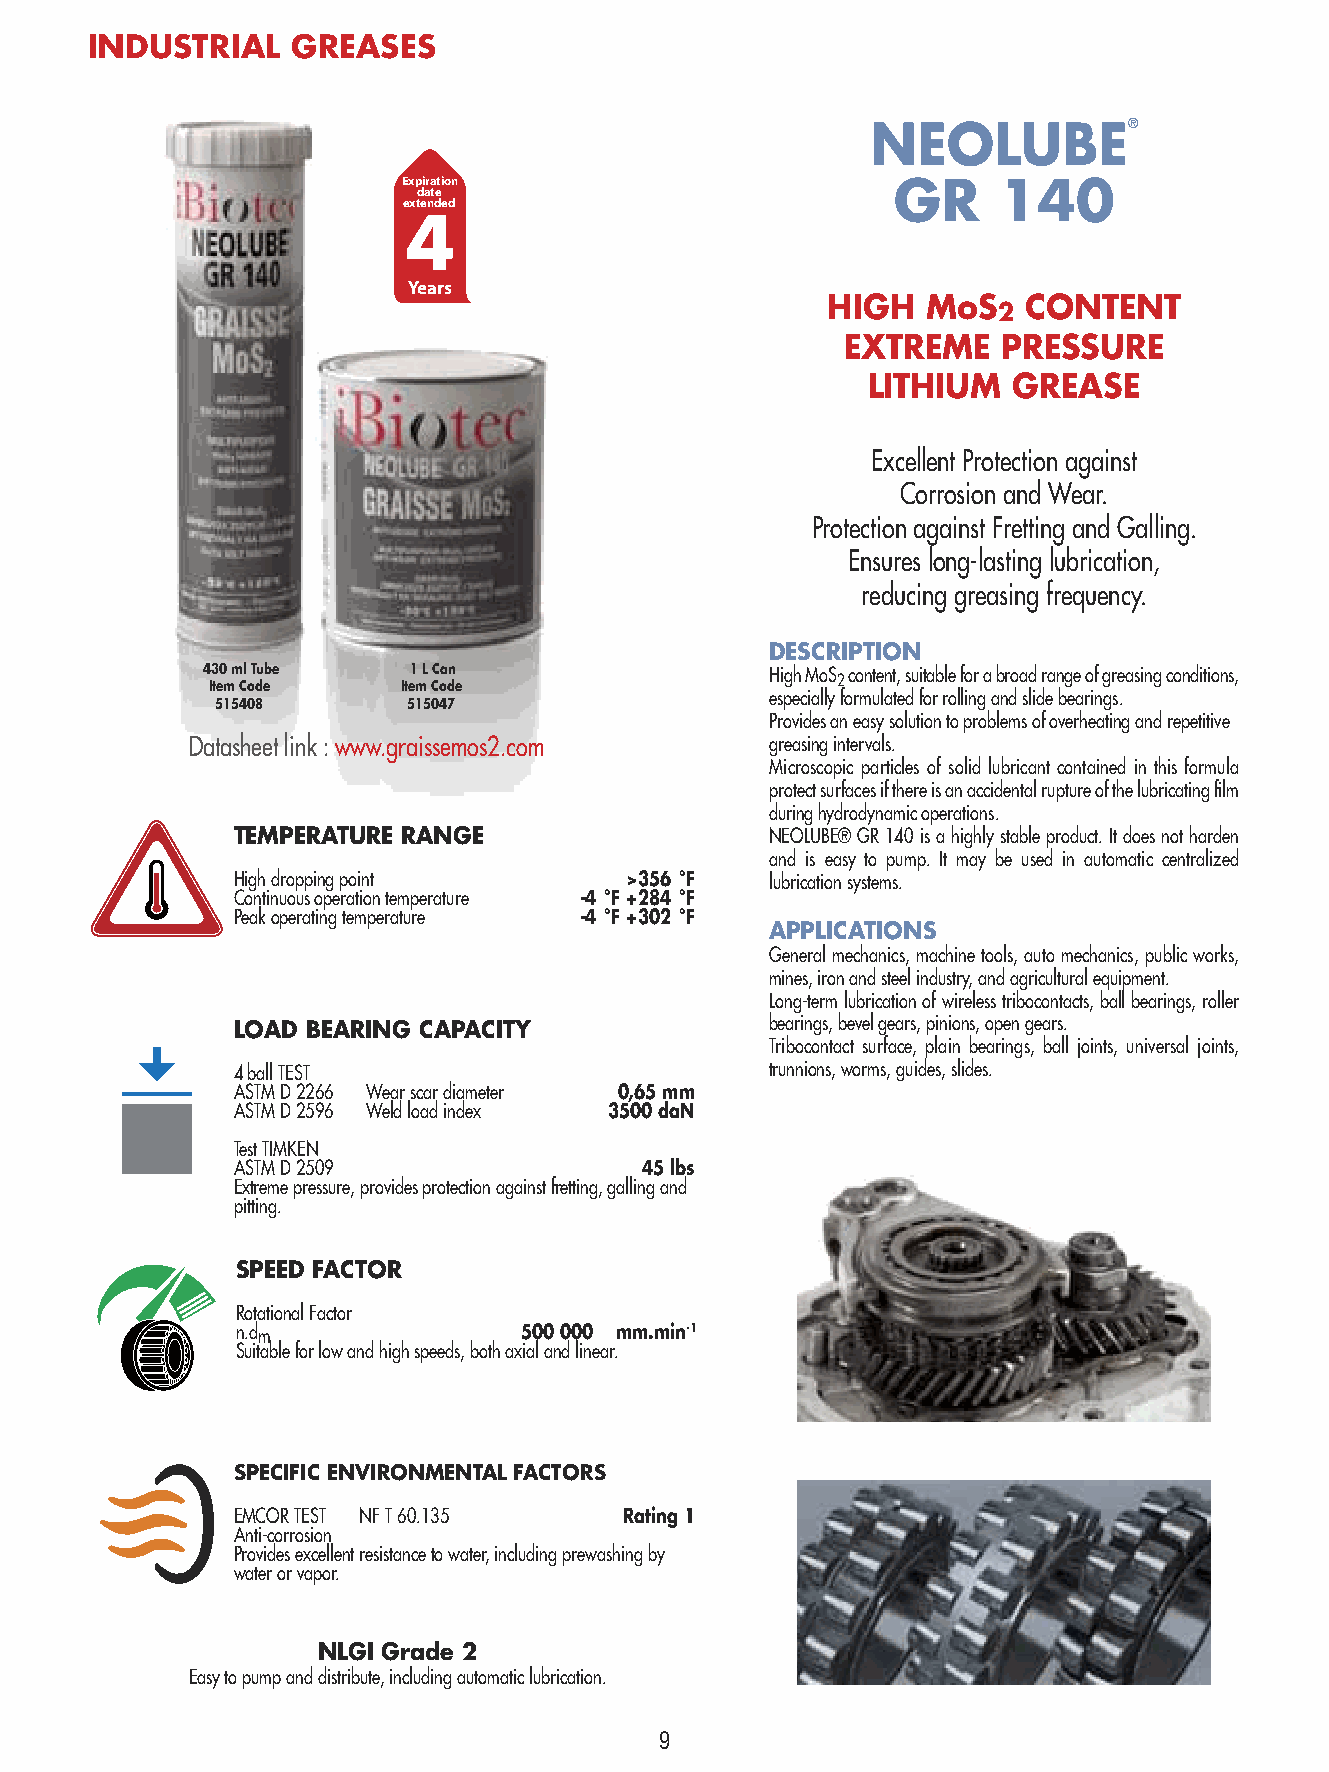
INDUSTRIAL   GREASES
 NEOLUBE®
 Expiration                      GR     140
 date
 extended
 4
 Years
 HIGH  MoS    CONTENT
 2
 EXTREME   PRESSURE
 LITHIUM   GREASE
 Excellent Protection against
 Corrosion and Wear.
 Protection against Fretting and Galling.
 Ensures long-lasting lubrication,
 reducing greasing frequency.
 DESCRIPTION
 430 ml Tube   1 L Can                 High MoS2 content, suitable for a broad range of greasing conditions,
 Item Code    Item Code
 especially formulated for rolling and slide bearings.
 515408       515047
 Provides an easy solution to problems of overheating and repetitive
 Datasheet link : www.graissemos2.com  greasing intervals.
 Microscopic particles of solid lubricant contained in this formula
 protect surfaces if there is an accidental rupture of the lubricating film
 during hydrodynamic operations.
 TEMPERATURE RANGE                   NEOLUBE® GR 140 is a highly stable product. It does not harden
 and is easy to pump. It may be used in automatic centralized
 High dropping point       >356 °F   lubrication systems.
 Continuous operation temperature -4 °F +284 °F
 Peak operating temperature -4 °F +302 °F
 APPLICATIONS
 General mechanics, machine tools, auto mechanics, public works,
 mines, iron and steel industry, and agricultural equipment.
 Long-term lubrication of wireless tribocontacts, ball bearings, roller
 LOAD BEARING CAPACITY               bearings, bevel gears, pinions, open gears.
 Tribocontact surface, plain bearings, ball joints, universal joints,
 4 ball TEST                         trunnions, worms, guides, slides.
 ASTM D 2266 Wear scar diameter 0,65 mm
 ASTM D 2596 Weld load index 3500 daN
 Test TIMKEN
 ASTM D 2509                 45 lbs
 Extreme pressure, provides protection against fretting, galling and
 pitting.
 SPEED FACTOR
 Rotational Factor
 n.dm              500 000 mm.min-1
 Suitable for low and high speeds, both axial and linear.
 SPECIFIC ENVIRONMENTAL FACTORS
 EMCOR TEST NF T 60.135    Rating 1
 Anti-corrosion
 Provides excellent resistance to water, including prewashing by
 water or vapor.
 NLGI Grade 2
 Easy to pump and distribute, including automatic lubrication.
 9